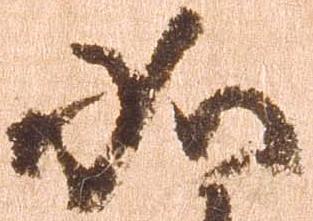
如